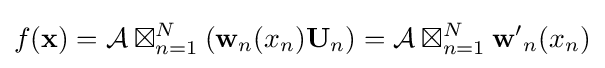
f(\mathbf {x} )={\mathcal {A}}\boxtimes _{n=1}^{N}\left(\mathbf {w} _{n}(x_{n})\mathbf {U} _{n}\right)={\mathcal {A}}\boxtimes _{n=1}^{N}\mathbf {w'} _{n}(x_{n})